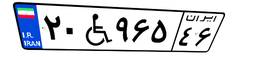
۲۰W۹۶۵۴۶